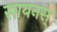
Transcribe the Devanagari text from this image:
सायनस्